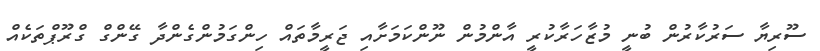
ސޫރިޔާ ސަރުކާރުން ބުނީ މުޒާހަރާކުރީ އާންމުން ނޫންކަމަށާއި ޖަރީމާތައް ހިންގަމުންގެންދާ ގޭންގް ގްރޫޕްތަކެއް